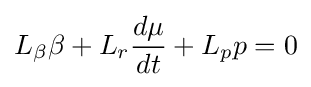
L_{\beta }\beta +L_{r}{\frac {d\mu }{dt}}+L_{p}p=0